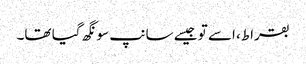
بقراط، اسے تو جیسے سانپ سونگھ گیا تھا۔